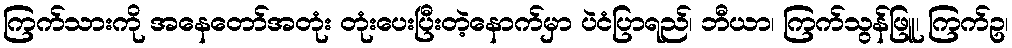
ကြက်သားကို အနေတော်အတုံး တုံးပေးပြီးတဲ့နောက်မှာ ပဲငံပြာရည်၊ ဘီယာ၊ ကြက်သွန်ဖြူ၊ ကြက်ဥ၊